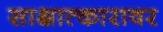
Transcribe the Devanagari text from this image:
साक्षात्कारावर